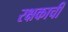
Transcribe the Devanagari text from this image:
रक्षकाची